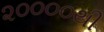
૨૦૦૦૦થી